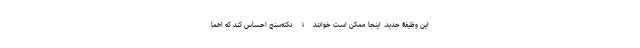
این وظیفۀ جدید. اینجا ممکن است خوانندۀ نکته‌سنج احساس کند که اهما